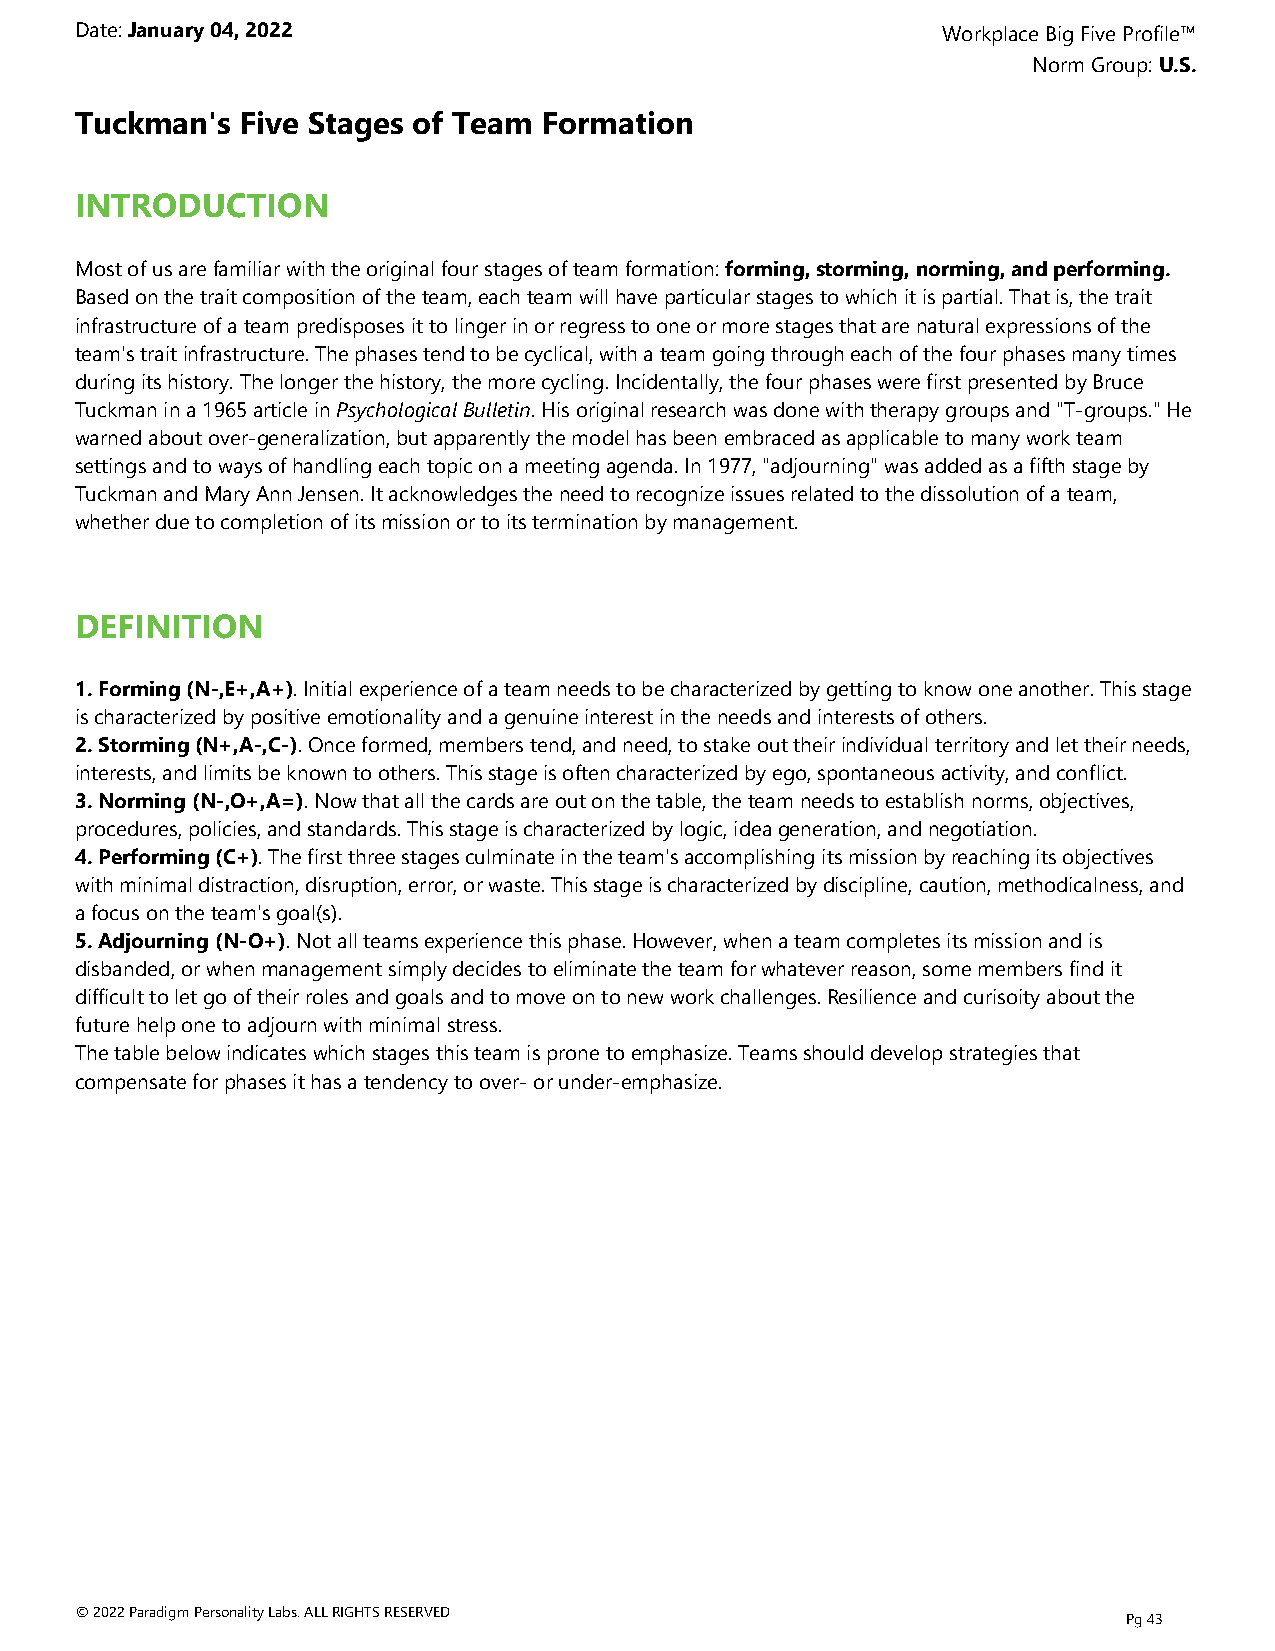
Date: January 04, 2022                                   Workplace Big Five Profile™
 Norm Group: U.S.
 Tuckman's  Five Stages of Team Formation
 INTRODUCTION
 Most of us are familiar with the original four stages of team formation: forming, storming, norming, and performing.
 Based on the trait composition of the team, each team will have particular stages to which it is partial. That is, the trait
 infrastructure of a team predisposes it to linger in or regress to one or more stages that are natural expressions of the
 team's trait infrastructure. The phases tend to be cyclical, with a team going through each of the four phases many times
 during its history. The longer the history, the more cycling. Incidentally, the four phases were first presented by Bruce
 Tuckman in a 1965 article in Psychological Bulletin. His original research was done with therapy groups and "T-groups." He
 warned about over-generalization, but apparently the model has been embraced as applicable to many work team
 settings and to ways of handling each topic on a meeting agenda. In 1977, "adjourning" was added as a fifth stage by
 Tuckman and Mary Ann Jensen. It acknowledges the need to recognize issues related to the dissolution of a team,
 whether due to completion of its mission or to its termination by management.
 DEFINITION
 1. Forming (N-,E+,A+). Initial experience of a team needs to be characterized by getting to know one another. This stage
 is characterized by positive emotionality and a genuine interest in the needs and interests of others.
 2. Storming (N+,A-,C-). Once formed, members tend, and need, to stake out their individual territory and let their needs,
 interests, and limits be known to others. This stage is often characterized by ego, spontaneous activity, and conflict.
 3. Norming (N-,O+,A=). Now that all the cards are out on the table, the team needs to establish norms, objectives,
 procedures, policies, and standards. This stage is characterized by logic, idea generation, and negotiation.
 4. Performing (C+). The first three stages culminate in the team's accomplishing its mission by reaching its objectives
 with minimal distraction, disruption, error, or waste. This stage is characterized by discipline, caution, methodicalness, and
 a focus on the team's goal(s).
 5. Adjourning (N-O+). Not all teams experience this phase. However, when a team completes its mission and is
 disbanded, or when management simply decides to eliminate the team for whatever reason, some members find it
 difficult to let go of their roles and goals and to move on to new work challenges. Resilience and curisoity about the
 future help one to adjourn with minimal stress.
 The table below indicates which stages this team is prone to emphasize. Teams should develop strategies that
 compensate for phases it has a tendency to over- or under-emphasize.
 © 2022 Paradigm Personality Labs. ALL RIGHTS RESERVED
 Pg 43